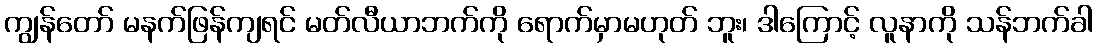
ကျွန်တော် မနက်ဖြန်ကျရင် မတ်လီယာဘက်ကို ရောက်မှာမဟုတ် ဘူး၊ ဒါကြောင့် လူနာကို သန်ဘက်ခါ